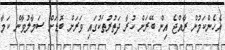
އެހެންކަމުން ރާއްޖެ އިން ބޭރަށް ކުރާ ދަތުރުތަކުގައި ވަރަށް ބޮޑަށް ސަމާލުވާން ކަމާ